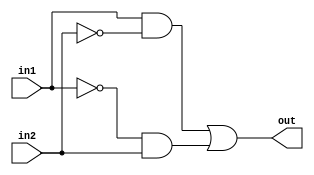
module xor2(out, in1, in2);
  
  input in1, in2;
  output out;
  wire io1, io2, io3, io4;
  
  not U1(io1, in1);
  not U2(io2, in2);
  and U3(io3, in1, io2);
  and U4(io4, io1, in2);
  or U5(out, io3, io4);
  
endmodule

module xor3(out, in1, in2, in3);
  
  input in1, in2, in3;
  output out;
  wire io;
  
  xor2 U1(io, in1, in2);
  xor2 U2(out, io, in3);
  
endmodule

module xor3_b(out, in1, in2, in3);
  
  input in1, in2, in3;
  output out;
  wire io;
  
  assign io = (in1 & ~in2) + (~in1 & in2);
  assign out = (io & ~in3) + (~io & in3);
  
endmodule